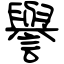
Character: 譽